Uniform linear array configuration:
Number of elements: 16
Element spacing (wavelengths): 0.5
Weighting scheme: binomial
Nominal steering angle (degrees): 60
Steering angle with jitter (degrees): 60.907
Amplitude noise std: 0.05
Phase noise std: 0.05

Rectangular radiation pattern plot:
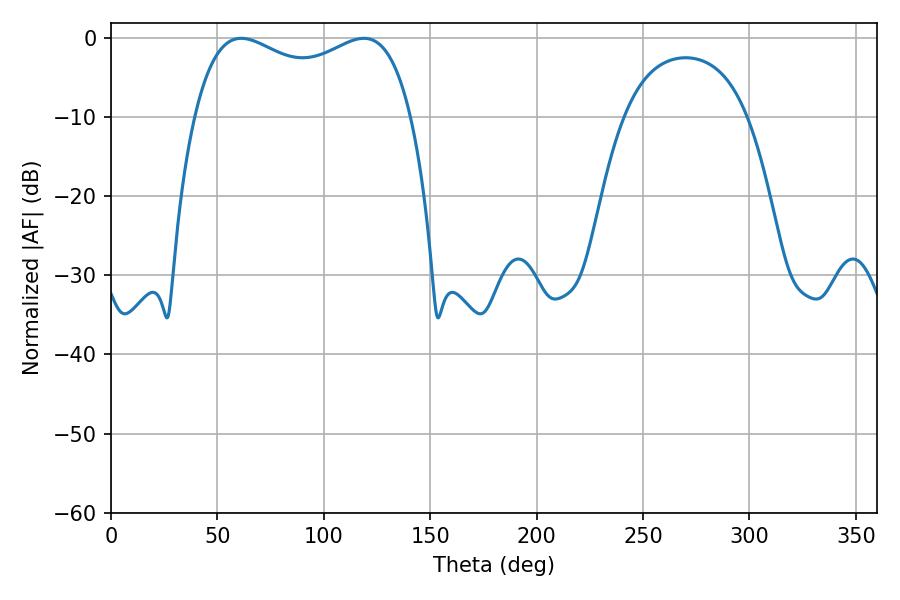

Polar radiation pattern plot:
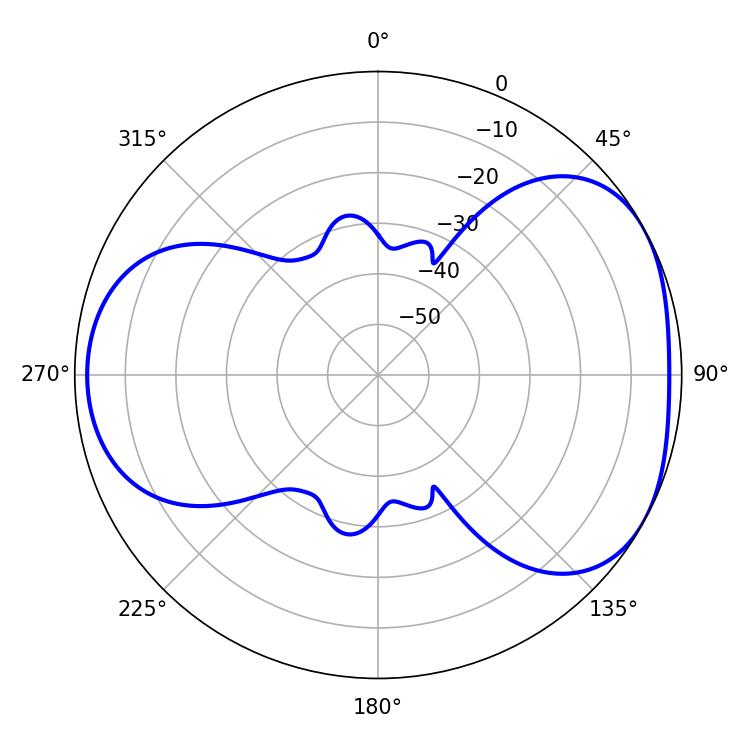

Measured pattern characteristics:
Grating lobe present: FALSE
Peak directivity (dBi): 4.48
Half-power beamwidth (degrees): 84.24
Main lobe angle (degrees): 61.2